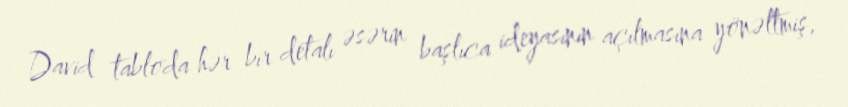
David tabloda hər bir detalı əsərin başlıca ideyasının açılmasına yönəltmiş,